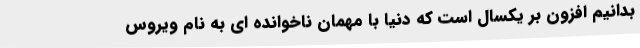
بدانیم افزون بر یکسال است که دنیا با مهمان ناخوانده ای به نام ویروس